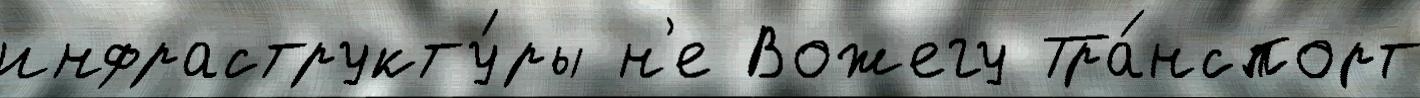
инфраструкту́ры н'е Вожегу Тра́нспорт